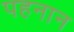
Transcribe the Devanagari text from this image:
पहनान